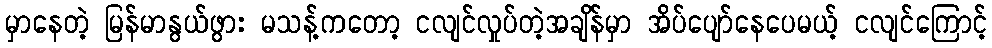
မှာနေတဲ့ မြန်မာနွယ်ဖွား မသန့်ကတော့ ငလျင်လှုပ်တဲ့အချိန်မှာ အိပ်ပျော်နေပေမယ့် ငလျင်ကြောင့်